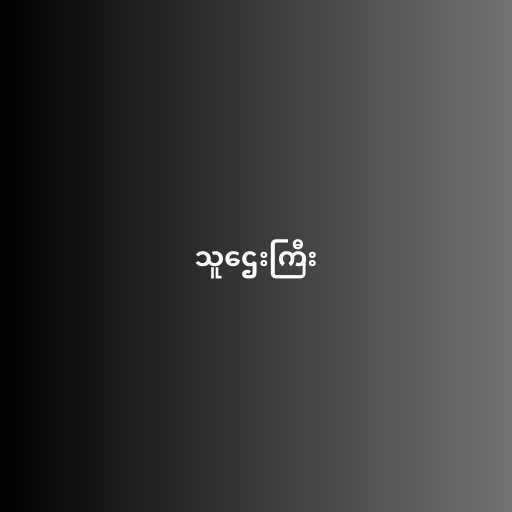
သူဌေးကြီး